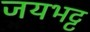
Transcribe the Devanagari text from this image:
जयभट्ट